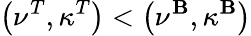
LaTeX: \left(\nu^{T},\kappa^{T}\right)<\left(\nu^{\mathbf{B}},\kappa^{\mathbf{B}}\right)